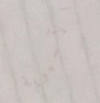
الآسيوية